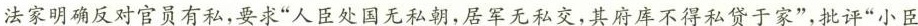
法家明确反对官员有私，要求”人臣处国无私朝，居军无私交，其府库不得私贷于家”，批评”小臣